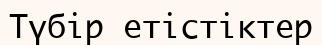
Түбір етістіктер